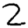
Digit: 2